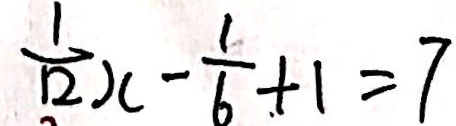
\frac { 1 } { 1 2 } x - \frac { 1 } { 6 } + 1 = 7